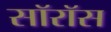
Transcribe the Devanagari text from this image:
सॉरॉस